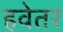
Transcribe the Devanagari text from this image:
हवेतर